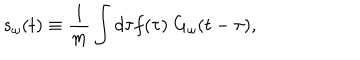
LaTeX: s _ { \omega } ( t ) \equiv \frac { 1 } { m } \int d \tau f ( \tau ) \ G _ { \omega } ( t - \tau ) ,